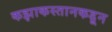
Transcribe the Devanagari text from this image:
कझाकस्तानकडून